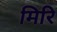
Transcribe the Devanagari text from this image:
मिरि